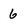
Character: 6